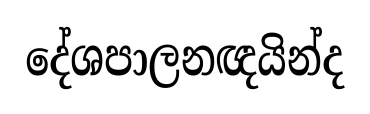
දේශපාලනඥයින්ද